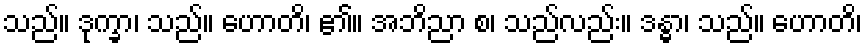
သည်။ ဒုက္ခာ၊ သည်။ ဟောတိ၊ ၏။ အဘိညာ စ၊ သည်လည်း။ ဒန္ဓာ၊ သည်။ ဟောတိ၊